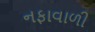
નફાવાળી